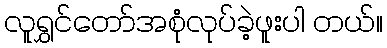
လူရွှင်တော်အစုံလုပ်ခဲ့ဖူးပါ တယ်။